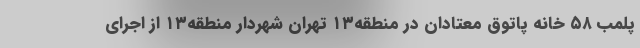
پلمب ۵۸ خانه پاتوق معتادان در منطقه۱۳ تهران شهردار منطقه۱۳ از اجرای